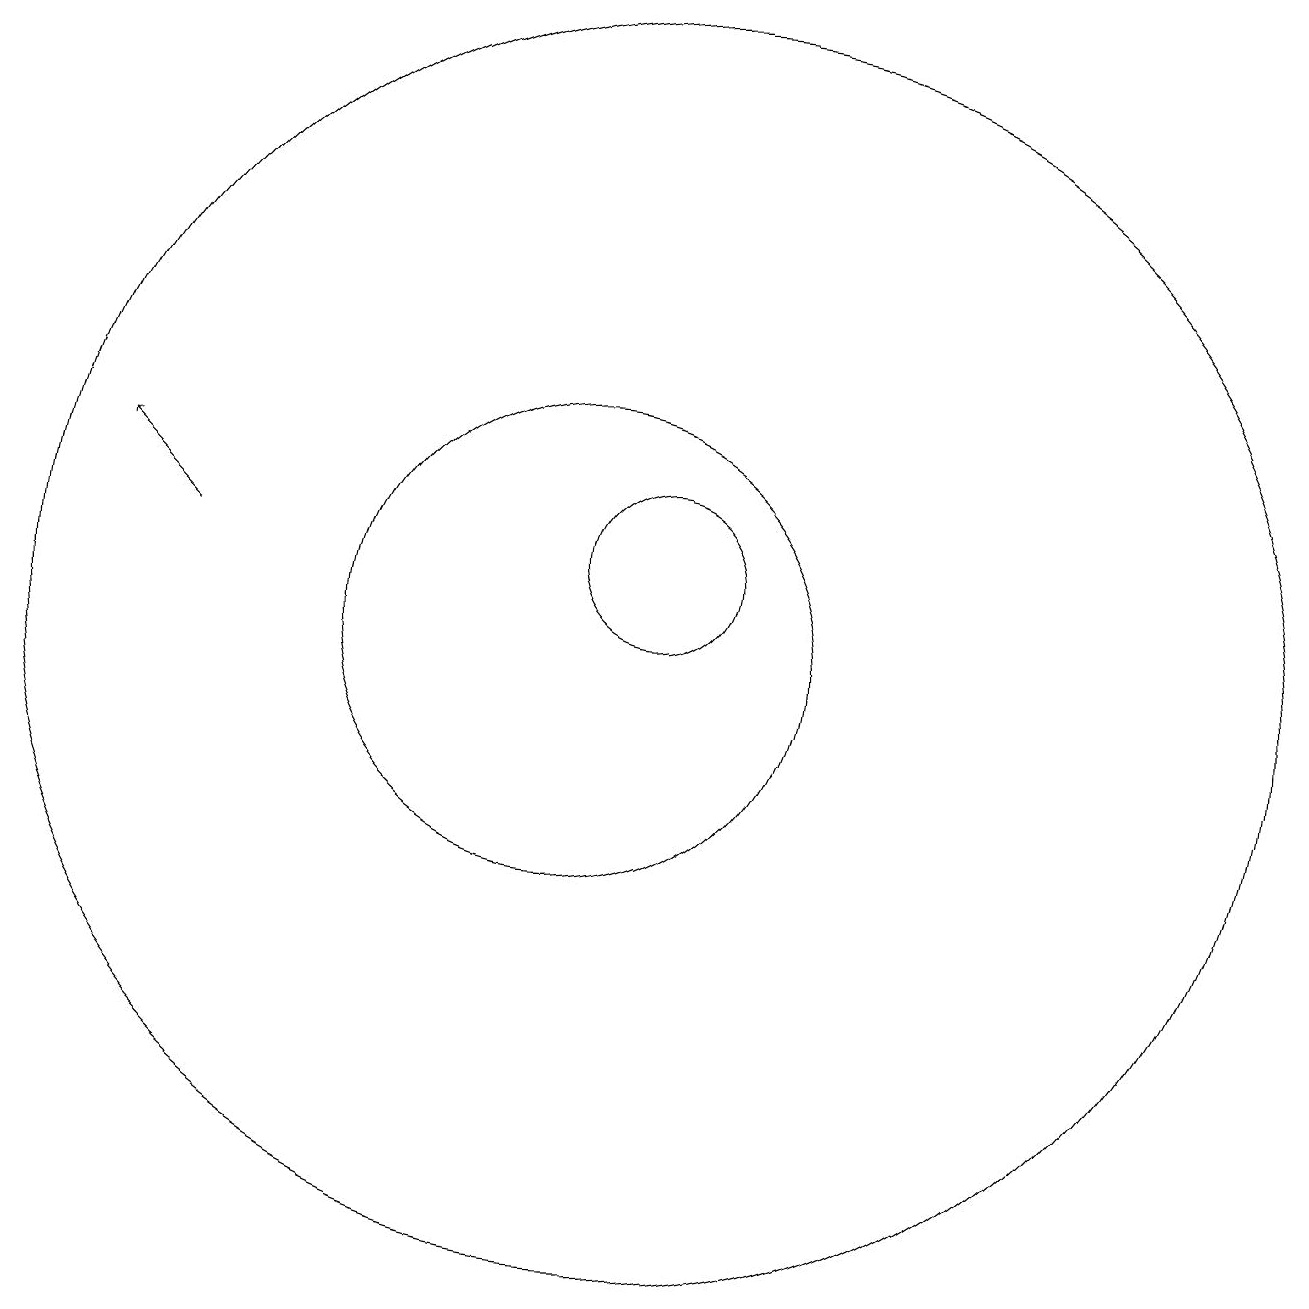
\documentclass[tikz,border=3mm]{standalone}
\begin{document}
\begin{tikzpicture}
\draw (10,10) circle (3);
\draw (11,10) circle (8);
\draw[->] (5,11) -- (4,12);
\draw[->] (7,18) -- (3,18);
\draw (11,11) circle (1);
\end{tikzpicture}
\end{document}